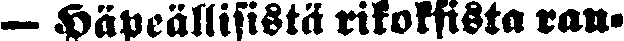
— Häpeällisistä rikoksista ran-